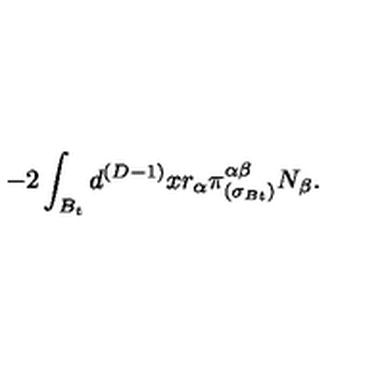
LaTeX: - 2 \int _ { B _ { t } } d ^ { ( D - 1 ) } x r _ { \alpha } \pi _ { ( \sigma _ { B t } ) } ^ { \alpha \beta } N _ { \beta } .